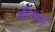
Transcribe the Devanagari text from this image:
कीबोर्ड़